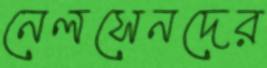
নেলসেনদের